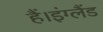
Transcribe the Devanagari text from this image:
हैं।इंग्लैंड